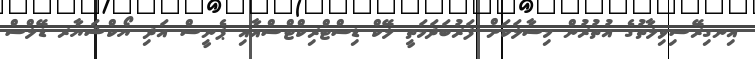
އިނގިރޭސިވިލާތުގެ އުތުރުން މިސާލަކަށް ފަރުބަދަމަތީ ލޭކް ޑިސްޓްރިކްޓްސްއާއި ޕެނީސް އަދި ޔޯކްޝަޔާރ ޑޭލްސް